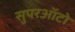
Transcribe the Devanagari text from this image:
सुपरऑटो